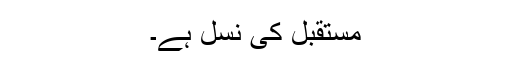
مستقبل کی نسل ہے۔